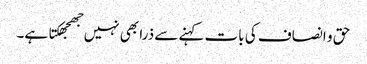
حق و انصاف کی بات کہنے سے ذرا بھی نہیں جھجھکتا ہے۔